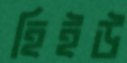
হিইউ